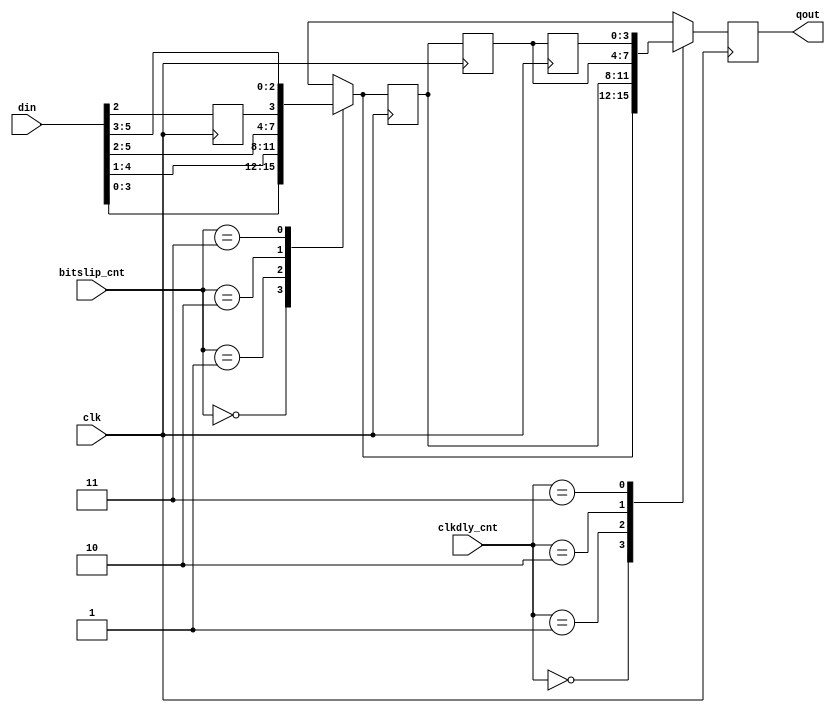
//*****************************************************************************
// (c) Copyright 2009 - 2010 Xilinx, Inc. All rights reserved.
//
// This file contains confidential and proprietary information
// of Xilinx, Inc. and is protected under U.S. and
// international copyright and other intellectual property
// laws.
//
// DISCLAIMER
// This disclaimer is not a license and does not grant any
// rights to the materials distributed herewith. Except as
// otherwise provided in a valid license issued to you by
// Xilinx, and to the maximum extent permitted by applicable
// law: (1) THESE MATERIALS ARE MADE AVAILABLE "AS IS" AND
// WITH ALL FAULTS, AND XILINX HEREBY DISCLAIMS ALL WARRANTIES
// AND CONDITIONS, EXPRESS, IMPLIED, OR STATUTORY, INCLUDING
// BUT NOT LIMITED TO WARRANTIES OF MERCHANTABILITY, NON-
// INFRINGEMENT, OR FITNESS FOR ANY PARTICULAR PURPOSE; and
// (2) Xilinx shall not be liable (whether in contract or tort,
// including negligence, or under any other theory of
// liability) for any loss or damage of any kind or nature
// related to, arising under or in connection with these
// materials, including for any direct, or any indirect,
// special, incidental, or consequential loss or damage
// (including loss of data, profits, goodwill, or any type of
// loss or damage suffered as a result of any action brought
// by a third party) even if such damage or loss was
// reasonably foreseeable or Xilinx had been advised of the
// possibility of the same.
//
// CRITICAL APPLICATIONS
// Xilinx products are not designed or intended to be fail-
// safe, or for use in any application requiring fail-safe
// performance, such as life-support or safety devices or
// systems, Class III medical devices, nuclear facilities,
// applications related to the deployment of airbags, or any
// other applications that could lead to death, personal
// injury, or severe property or environmental damage
// (individually and collectively, "Critical
// Applications"). Customer assumes the sole risk and
// liability of any use of Xilinx products in Critical
// Applications, subject only to applicable laws and
// regulations governing limitations on product liability.
//
// THIS COPYRIGHT NOTICE AND DISCLAIMER MUST BE RETAINED AS
// PART OF THIS FILE AT ALL TIMES.
//
//*****************************************************************************
//   ____  ____
//  /   /\/   /
// /___/  \  /    Vendor: Xilinx
// \   \   \/     Version: 3.8
//  \   \         Application: MIG
//  /   /         Filename: rd_bitslip.v
// /___/   /\     Date Last Modified: $Date: 2011/05/27 15:51:23 $
// \   \  /  \    Date Created: Aug 03 2009
//  \___\/\___\
//
//Device: Virtex-6
//Design Name: DDR3 SDRAM
//Purpose:
//  Shifts and delays data from ISERDES, in both memory clock and internal
//  clock cycles. Used to uniquely shift/delay each byte to align all bytes
//  in data word
//Reference:
//Revision History:
//*****************************************************************************

/******************************************************************************
**$Id: rd_bitslip.v,v 1.1.50.2 2011/05/27 15:51:23 venkatp Exp $
**$Date: 2011/05/27 15:51:23 $
**$Author: venkatp $
**$Revision: 1.1.50.2 $
**$Source: /devl/xcs/repo/env/Databases/ip/src2/O/mig_v3_8/data/dlib/virtex6/ddr3_sdram/verilog/rtl/phy/rd_bitslip.v,v $
******************************************************************************/

`timescale 1ps/1ps


module rd_bitslip #
  (
   parameter TCQ = 100
  )
  (
   input            clk,
   input [1:0]      bitslip_cnt,
   input [1:0]      clkdly_cnt,
   input [5:0]      din,
   output reg [3:0] qout
   );

  reg       din2_r;
  reg [3:0] slip_out;
  reg [3:0] slip_out_r;
  reg [3:0] slip_out_r2;
  reg [3:0] slip_out_r3;
  
  //***************************************************************************

  always @(posedge clk)
    din2_r <= #TCQ din[2];
  
  // Can shift data from ISERDES from 0-3 fast clock cycles
  // NOTE: This is coded combinationally, in order to allow register to
  // occur after MUXing of delayed outputs. Timing may be difficult to
  // meet on this logic, if necessary, the register may need to be moved
  // here instead, or another register added. 
  always @(bitslip_cnt or din or din2_r)
    case (bitslip_cnt)
      2'b00: // No slip
        slip_out = {din[3], din[2], din[1], din[0]};
      2'b01: // Slip = 0.5 cycle
        slip_out = {din[4], din[3], din[2], din[1]};
      2'b10: // Slip = 1 cycle
        slip_out = {din[5], din[4], din[3], din[2]};
      2'b11: // Slip = 1.5 cycle
        slip_out = {din2_r, din[5], din[4], din[3]};
    endcase
  
  // Can delay up to 3 additional internal clock cycles - this accounts
  // not only for delays due to DRAM, PCB routing between different bytes,
  // but also differences within the FPGA - e.g. clock skew between different
  // I/O columns, and differences in latency between different circular
  // buffers or whatever synchronization method (FIFO) is used to get the
  // data into the global clock domain
  always @(posedge clk) begin
    slip_out_r  <= #TCQ slip_out;
    slip_out_r2 <= #TCQ slip_out_r;
    slip_out_r3 <= #TCQ slip_out_r2;
  end
    
  always @(posedge clk)
    case (clkdly_cnt)
      2'b00: qout <= #TCQ slip_out;
      2'b01: qout <= #TCQ slip_out_r;
      2'b10: qout <= #TCQ slip_out_r2;
      2'b11: qout <= #TCQ slip_out_r3;
    endcase
    
endmodule